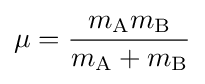
\mu ={\frac {m_{\mathrm {A} }m_{\mathrm {B} }}{m_{\mathrm {A} }+m_{\mathrm {B} }}}